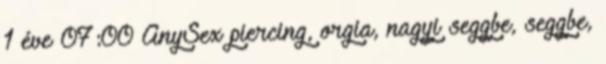
1 éve 07:00 AnySex piercing, orgia, nagyi seggbe, seggbe,